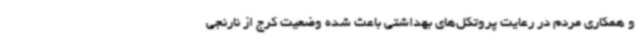
و همکاری مردم در رعایت پروتکل‌های بهداشتی باعث شده وضعیت کرج از نارنجی